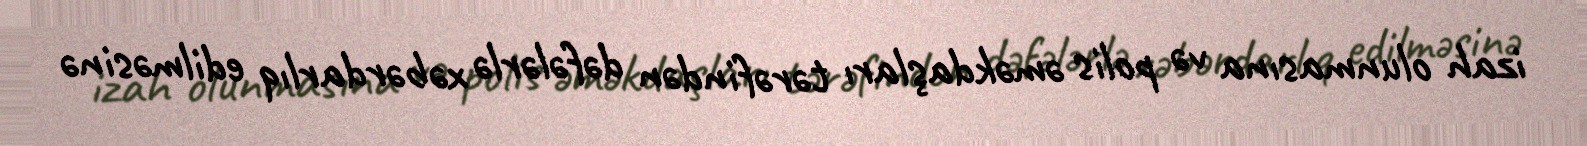
izah olunmasına və polis əməkdaşları tərəfindən dəfələrlə xəbərdarlıq edilməsinə